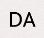
DA